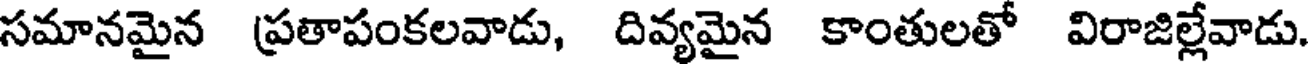
సమానమైన ప్రతాపంకలవాడు, దివ్యమైన కాంతులతో విరాజిల్లేవాడు.